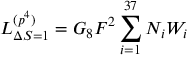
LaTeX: { \cal L } _ { \Delta S = 1 } ^ { ( p ^ { 4 } ) } = G _ { 8 } F ^ { 2 } \sum _ { i = 1 } ^ { 3 7 } N _ { i } W _ { i }